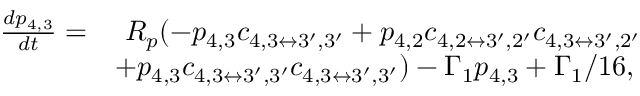
\begin{array} { r l } { \frac { d p _ { \mathrm { 4 , 3 } } } { d t } = } & { ~ R _ { p } ( - p _ { \mathrm { 4 , 3 } } c _ { 4 , 3 \leftrightarrow 3 ^ { \prime } , 3 ^ { \prime } } + p _ { \mathrm { 4 , 2 } } c _ { 4 , 2 \leftrightarrow 3 ^ { \prime } , 2 ^ { \prime } } c _ { 4 , 3 \leftrightarrow 3 ^ { \prime } , 2 ^ { \prime } } } \\ & { + p _ { \mathrm { 4 , 3 } } c _ { 4 , 3 \leftrightarrow 3 ^ { \prime } , 3 ^ { \prime } } c _ { 4 , 3 \leftrightarrow 3 ^ { \prime } , 3 ^ { \prime } } ) - \Gamma _ { 1 } p _ { 4 , 3 } + \Gamma _ { 1 } / 1 6 , } \end{array}